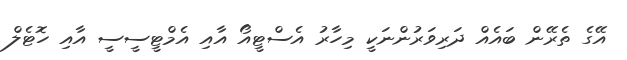
އޭގެ ތެރޭން ބައެއް ދަރިވަރުންނަކީ މިހާރު އެސްޓީއޯ އާއި އެމްޓީސީސީ އާއި ހޮޓެލް